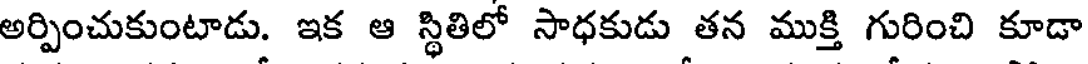
అర్పించుకుంటాడు. ఇక ఆ స్థితిలో సాధకుడు తన ముక్తి గురించి కూడా